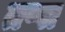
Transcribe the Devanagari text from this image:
तप्पा